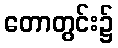
တောတွင်း၌